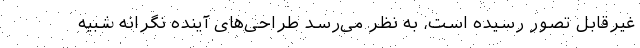
غیرقابل تصور رسیده است، به نظر می‌رسد طراحی‌های آینده نگرانه شبیه